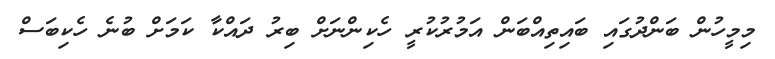
މިމީހުން ބަންދުގައި ބައިތިއްބަން އަމުރުކުރީ ހެކިންނަށް ބިރު ދައްކާ ކަމަށް ބުނެ ހެކިބަސް